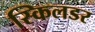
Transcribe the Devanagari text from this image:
स्किलडर